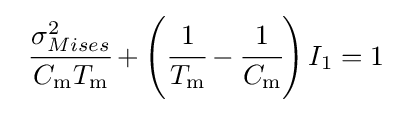
{\begin{array}{lcl}{\cfrac {\sigma _{Mises}^{2}}{C_{\mathrm {m} }T_{\mathrm {m} }}}+\left({\cfrac {1}{T_{\mathrm {m} }}}-{\cfrac {1}{C_{\mathrm {m} }}}\right)I_{1}=1\end{array}}